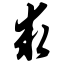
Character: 求